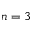
n = 3